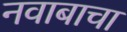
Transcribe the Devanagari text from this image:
नवाबाचा